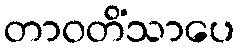
တာဝတိံသာပေ